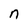
Character: n